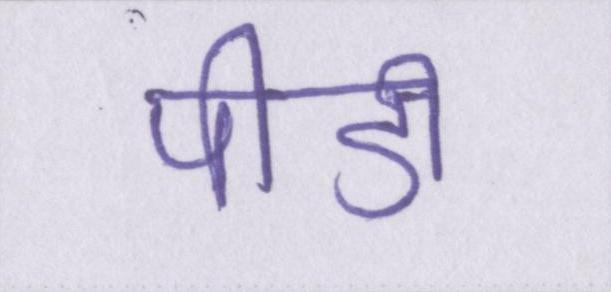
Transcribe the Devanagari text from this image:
पीडी